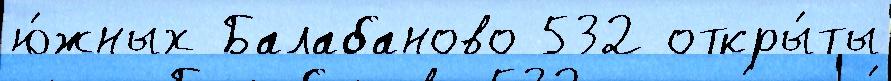
ю́жных Балабаново 532 откры́ты